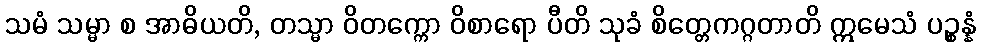
သမံ သမ္မာ စ အာဓိယတိ, တသ္မာ ဝိတက္ကော ဝိစာရော ပီတိ သုခံ စိတ္တေကဂ္ဂတာတိ ဣမေသံ ပဉ္စန္နံ